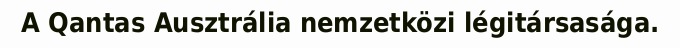
A Qantas Ausztrália nemzetközi légitársasága.